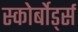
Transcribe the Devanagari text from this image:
स्कोर्बोर्ड्स